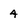
Character: 4